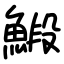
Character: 𩹨